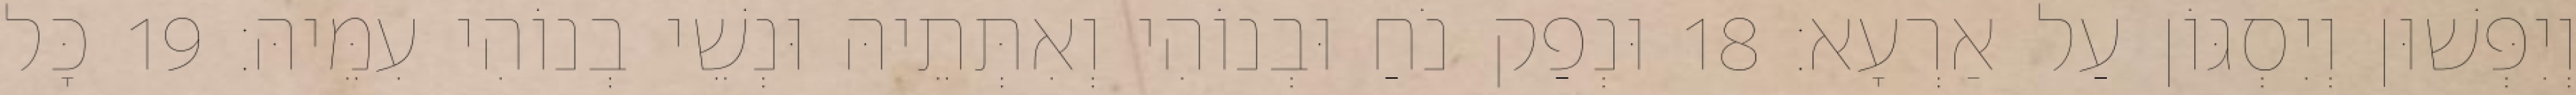
וְיִפְּשׁוּן וְיִסְגּוֹן עַל אַרְעָא׃ 18 וּנְפַק נֹחַ וּבְנוֹהִי וְאִתְּתֵיהּ וּנְשֵׁי בְנוֹהִי עִמֵּיהּ׃ 19 כָּל